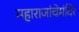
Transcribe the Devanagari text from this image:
महाराजांचेमंदिर